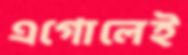
এগোলেই